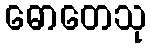
ဓောတေသု